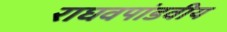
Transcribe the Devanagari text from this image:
राघवपांडवीय